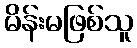
မိန်းမဖြစ်သူ